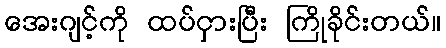
အေးဂျင့်ကို ထပ်ငှားပြီး ကြိုခိုင်းတယ်။